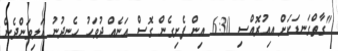
"ގާތްގަނޑަކަށް އިއުރޮއްސި 6:30 އިން ފެށިގެން ގޮސް އަނެއް ދުވަހު ހެނދުނު އަލިވަންދެން